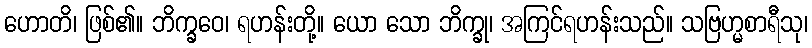
ဟောတိ၊ ဖြစ်၏။ ဘိက္ခဝေ၊ ရဟန်းတို့။ ယော သော ဘိက္ခု၊ အကြင်ရဟန်းသည်။ သဗြဟ္မစာရီသု၊